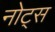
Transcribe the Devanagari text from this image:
नोट्‍स